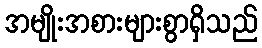
အမျိုးအစားများစွာရှိသည်